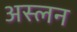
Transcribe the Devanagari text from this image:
अस्लन